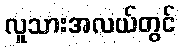
လူသားအလယ်တွင်